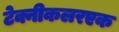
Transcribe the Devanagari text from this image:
टेक्नीकलरएक